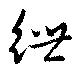
紲